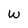
Character: W